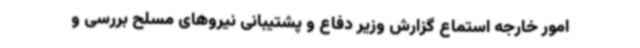
امور خارجه استماع گزارش وزیر دفاع و پشتیبانی نیروهای مسلح بررسی و